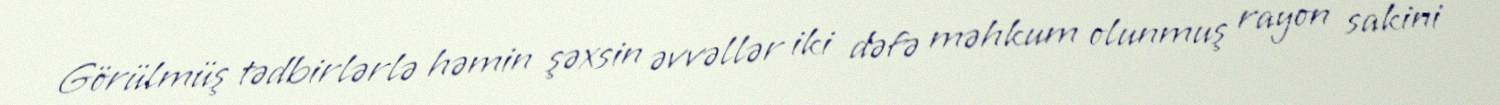
Görülmüş tədbirlərlə həmin şəxsin əvvəllər iki dəfə məhkum olunmuş rayon sakini